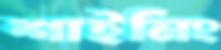
শাইনিং